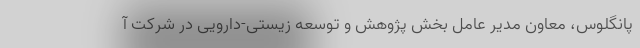
پانگلوس، معاون مدیر عامل بخش پژوهش و توسعه زیستی-دارویی در شرکت آ